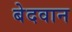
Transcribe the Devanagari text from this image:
बेदवान